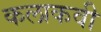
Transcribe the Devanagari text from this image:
कलाकवी